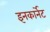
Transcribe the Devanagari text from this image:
इनकार्नेट